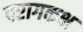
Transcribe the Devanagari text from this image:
परागकक्ष